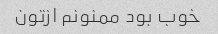
خوب بود ممنونم ازتون